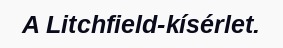
A Litchfield-kísérlet.